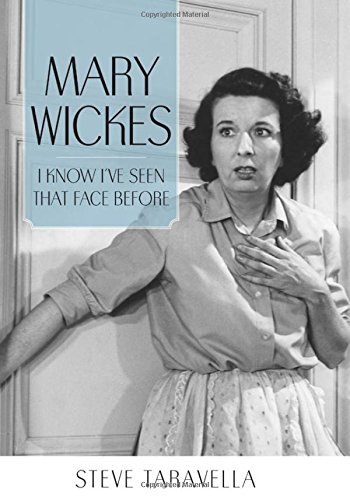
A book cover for Mary Wickes: I Know I've Seen That Face Before (Hollywood Legends Series); Steve Taravella; Humor & Entertainment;